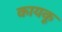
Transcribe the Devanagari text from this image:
कायकू